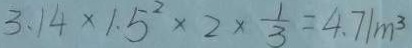
3 . 1 4 \times 1 . 5 ^ { 2 } \times 2 \times \frac { 1 } { 3 } = 4 . 7 1 m ^ { 3 }